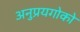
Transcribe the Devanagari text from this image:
अनुप्रयगोको